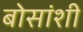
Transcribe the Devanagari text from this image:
बोसांशी